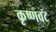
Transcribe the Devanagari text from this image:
कृष्णवट